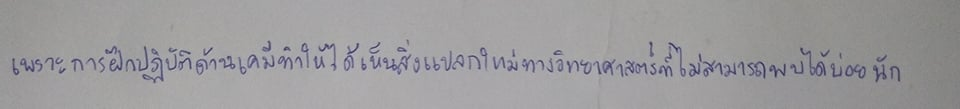
เพราะการฝึกปฏิบัติด้านเคมีทำให้ได้เห็นสิ่งแปลกใหม่ทางวิทยาศาสตร์ที่ไม่สามารถพบได้บ่อยนัก